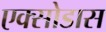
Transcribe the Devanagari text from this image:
एक्सोडास